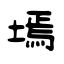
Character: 墕